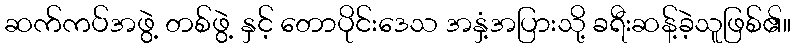
ဆက်ကပ်အဖွဲ့ တစ်ဖွဲ့ နှင့် တောပိုင်းဒေသ အနှံ့အပြားသို့ ခရီးဆန့်ခဲ့သူဖြစ်၏။